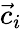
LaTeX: \vec{c}_{i}